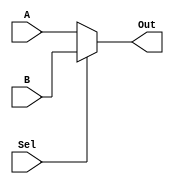
////////////////////////////////////////////////////////////////////////////////
////	3-bit 2->1 Mux														////
////	works																////
////////////////////////////////////////////////////////////////////////////////

module Bits3_Mux2_1(A, B, Sel, Out);


	// Declare inputs and outputs
	input Sel;
	input [2:0] A, B;
	output [2:0] Out;
	
	
	// Instantiate required logic
	assign Out = Sel ? B : A;


endmodule